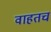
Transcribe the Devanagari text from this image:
वाहतच